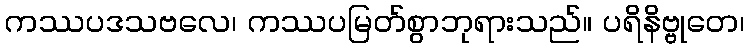
ကဿပဒသဗလေ၊ ကဿပမြတ်စွာဘုရားသည်။ ပရိနိဗ္ဗုတေ၊